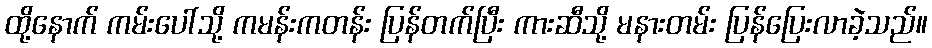
ထို့နောက် ကမ်းပေါ်သို့ ကမန်းကတန်း ပြန်တက်ပြီး ကားဆီသို့ မနားတမ်း ပြန်ပြေးလာခဲ့သည်။